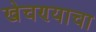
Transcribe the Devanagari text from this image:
खेचण्याचा